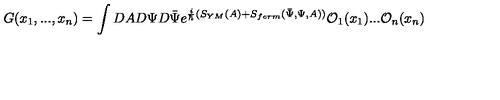
G ( x _ { 1 } , . . . , x _ { n } ) = \int D A D \Psi D \bar { \Psi } e ^ { \frac { i } { \hbar } ( S _ { Y M } ( A ) + S _ { f e r m } ( \bar { \Psi } , \Psi , A ) ) } { \cal O } _ { 1 } ( x _ { 1 } ) . . . { \cal O } _ { n } ( x _ { n } )